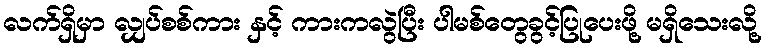
လက်ရှိမှာ လျှပ်စစ်ကား နှင့် ကားကလွဲပြီး ပါမစ်တွေခွင့်ပြုပေးဖို့ မရှိသေးလို့